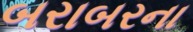
બરાબરના